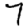
Digit: 7